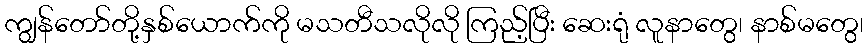
ကျွန်တော်တို့နှစ်ယောက်ကို မသတီသလိုလို ကြည့်ပြီး ဆေးရုံ လူနာတွေ၊ နာစ်မတွေ၊